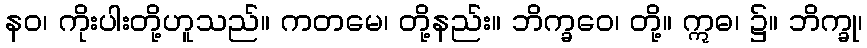
နဝ၊ ကိုးပါးတို့ဟူသည်။ ကတမေ၊ တို့နည်း။ ဘိက္ခဝေ၊ တို့။ ဣဓ၊ ၌။ ဘိက္ခု၊